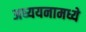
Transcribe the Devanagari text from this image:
अध्ययनामध्ये